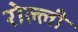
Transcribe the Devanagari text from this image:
रोल्ली